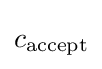
c_{\mathrm {accept} }